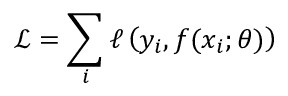
\mathcal { L } = \sum _ { i } \ell \left( y _ { i } , f ( x _ { i } ; \theta ) \right)